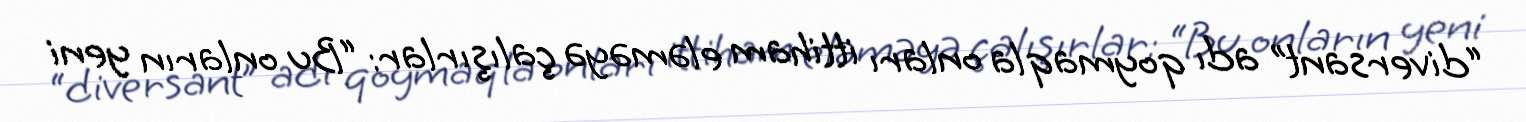
“diversant” adı qoymaqla onları ittiham eləməyə çalışırlar: “Bu onların yeni